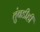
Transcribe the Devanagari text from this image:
तुंबडीही